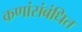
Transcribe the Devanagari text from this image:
कणांंसंबंधित